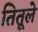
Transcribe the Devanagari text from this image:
तितूले